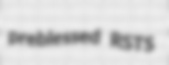
preblessed RSTS